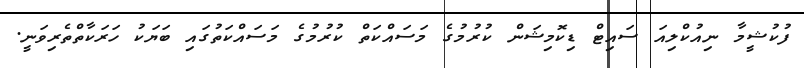
ފުކުޝީމާ ނިއުކްލިއަ ސައިޓް ޑިކޮމިޝަން ކުރުމުގެ މަސައްކަތް ކުރުމުގެ މަސަައްކަތުގައި ބަޔަކު ހަރަކާތްތެރިވަނީ.